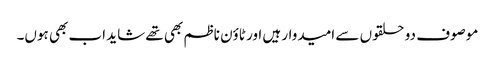
موصوف دو حلقوں سے امیدوار ہیں اور ٹاؤن ناظم بھی تھے شاید اب بھی ہوں۔